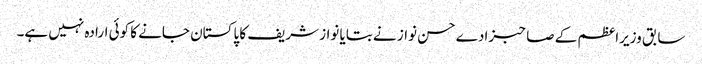
سابق وزیراعظم کے صاحبزادے حسن نواز نے بتایا نواز شریف کا پاکستان جانے کا کوئی ارادہ نہیں ہے۔